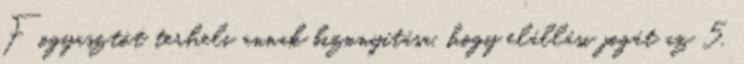
Fogyasztót terheli annak bizonyítása, hogy elállási jogát az 5.